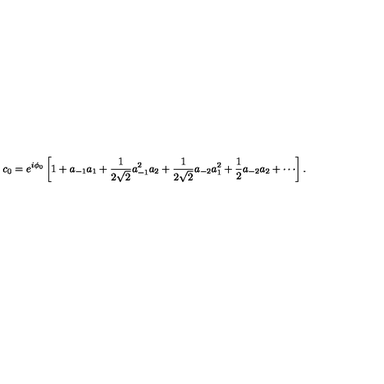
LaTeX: c _ { 0 } = e ^ { i \phi _ { 0 } } \left[ 1 + a _ { - 1 } a _ { 1 } + \frac { 1 } { 2 \sqrt { 2 } } a _ { - 1 } ^ { 2 } a _ { 2 } + \frac { 1 } { 2 \sqrt { 2 } } a _ { - 2 } a _ { 1 } ^ { 2 } + \frac { 1 } { 2 } a _ { - 2 } a _ { 2 } + \cdots \right] .